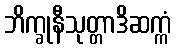
ဘိက္ခုနီသုတ္တာဒိဆက္ကံ